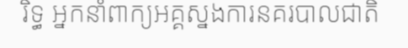
រិទ្ធ អ្នកនាំពាក្យអគ្គស្នងការនគរបាលជាតិ